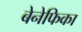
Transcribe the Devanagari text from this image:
बेनेफिका